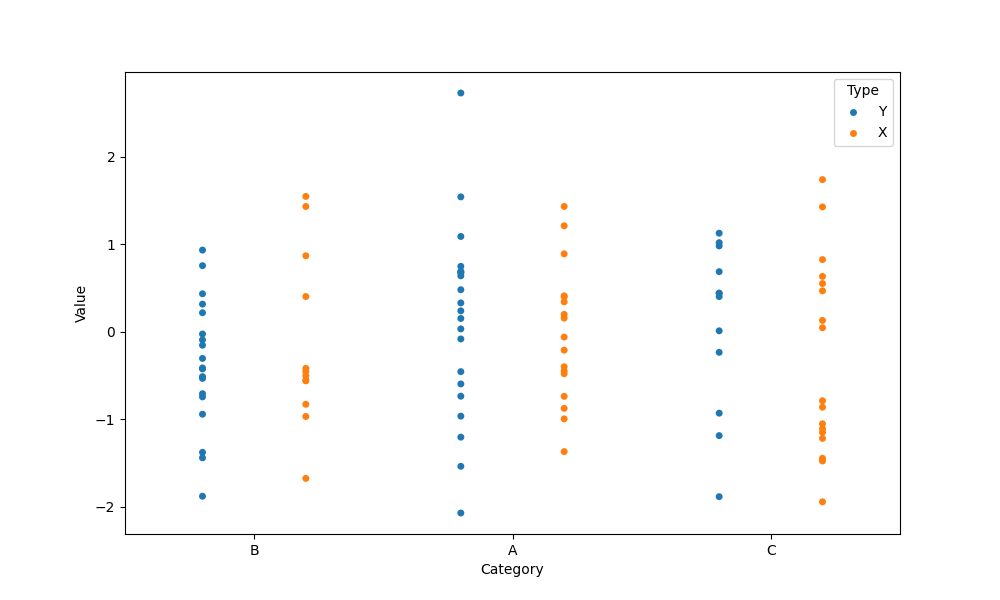
python, seaborn, stripplot, jitter=False, dodge=True, alpha=1.0, size=5